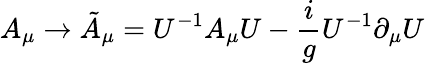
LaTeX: A_{\mu}\rightarrow\tilde{A}_{\mu}=U^{-1}A_{\mu}U-{\frac{i}{g}}U^{-1}\partial_{\mu}U